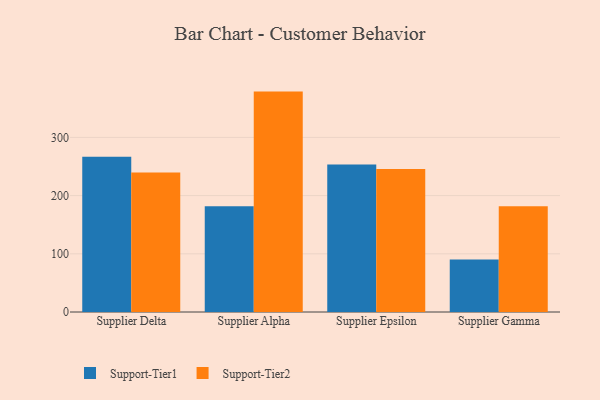
{"axis": {"x": "Supplier", "y": "Revenue (USD Million)"}, "legend": ["Support-Tier1", "Support-Tier2"], "data": [{"x": "Supplier Delta", "y": 266.8, "type": "Support-Tier1"}, {"x": "Supplier Delta", "y": 239.7, "type": "Support-Tier2"}, {"x": "Supplier Alpha", "y": 181.8, "type": "Support-Tier1"}, {"x": "Supplier Alpha", "y": 378.7, "type": "Support-Tier2"}, {"x": "Supplier Epsilon", "y": 253.5, "type": "Support-Tier1"}, {"x": "Supplier Epsilon", "y": 245.5, "type": "Support-Tier2"}, {"x": "Supplier Gamma", "y": 90.4, "type": "Support-Tier1"}, {"x": "Supplier Gamma", "y": 181.8, "type": "Support-Tier2"}]}